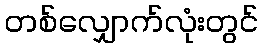
တစ်လျှောက်လုံးတွင်